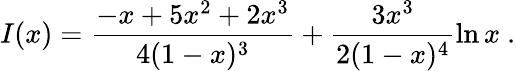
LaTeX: I(x)=\frac{-x+5x^{2}+2x^{3}}{4(1-x)^{3}}+\frac{3x^{3}}{2(1-x)^{4}}\ln x\ .